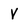
Character: v